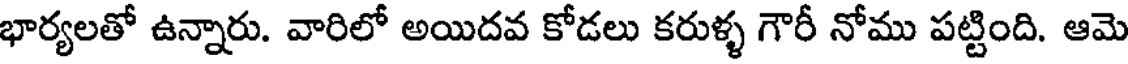
భార్యలతో ఉన్నారు. వారిలో అయిదవ కోడలు కరుళ్ళ గౌరీ నోము పట్టింది. ఆమె